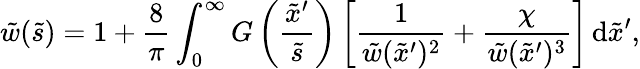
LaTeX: \tilde{w}(\tilde{s})=1+\frac{8}{\pi}\int_{0}^{\infty}G\left(\frac{\tilde{x}^{\prime}}{\tilde{s}}\right)\left[\frac{1}{\tilde{w}(\tilde{x}^{\prime})^{2}}+\frac{\chi}{\tilde{w}(\tilde{x}^{\prime})^{3}}\right]\, \mathrm{d}\tilde{x}^{\prime},